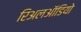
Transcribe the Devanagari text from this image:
रिअलऑडियो